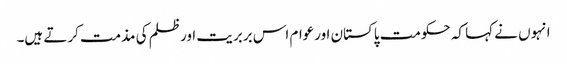
انہوں نے کہا کہ حکومت پاکستان اورعوام اس بربریت اورظلم کی مذمت کرتے ہیں۔